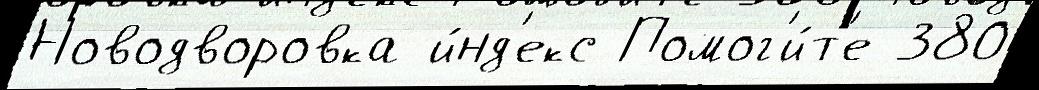
Новодворовка и́нд'екс Помог'и́т'е 380